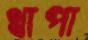
থাপা